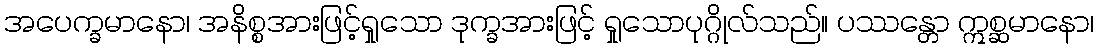
အပေက္ခမာနော၊ အနိစ္စအားဖြင့်ရှုသော ဒုက္ခအားဖြင့် ရှုသောပုဂ္ဂိုလ်သည်။ ပဿန္တော ဣစ္ဆမာနော၊